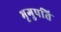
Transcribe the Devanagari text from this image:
भृगुपति